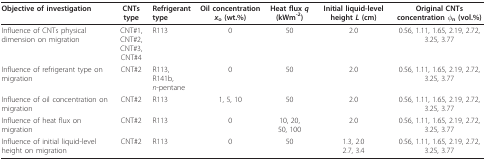
<table><thead><tr><td><b>Objective of investigation</b></td><td><b>CNTs type</b></td><td><b>Refrigerant type</b></td><td><b>Oil concentration <i>x</i><sub>o </sub>(wt.%)</b></td><td><b>Heat flux <i>q </i>(kWm<sup>-2</sup>)</b></td><td><b>Initial liquid-level height <i>L </i>(cm)</b></td><td><b>Original CNTs concentration <i>φ</i><sub>n </sub>(vol.%)</b></td></tr></thead><tbody><tr><td>Influence of CNTs physical dimension on migration</td><td>CNT#1, CNT#2,CNT#3, CNT#4</td><td>R113</td><td>0</td><td>50</td><td>2.0</td><td>0.56, 1.11, 1.65, 2.19, 2.72, 3.25, 3.77</td></tr><tr><td>Influence of refrigerant type on migration</td><td>CNT#2</td><td>R113,R141b,<i>n</i>-pentane</td><td>0</td><td>50</td><td>2.0</td><td>0.56, 1.11, 1.65, 2.19, 2.72, 3.25, 3.77</td></tr><tr><td>Influence of oil concentration on migration</td><td>CNT#2</td><td>R113</td><td>1, 5, 10</td><td>50</td><td>2.0</td><td>0.56, 1.11, 1.65, 2.19, 2.72, 3.25, 3.77</td></tr><tr><td>Influence of heat flux on migration</td><td>CNT#2</td><td>R113</td><td>0</td><td>10, 20,50, 100</td><td>2.0</td><td>0.56, 1.11, 1.65, 2.19, 2.72, 3.25, 3.77</td></tr><tr><td>Influence of initial liquid-level height on migration</td><td>CNT#2</td><td>R113</td><td>0</td><td>50</td><td>1.3, 2.02.7, 3.4</td><td>0.56, 1.11, 1.65, 2.19, 2.72, 3.25, 3.77</td></tr></tbody></table>